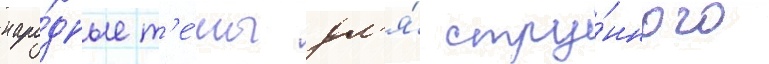
наро́дные т'е́мы дл'я́ стру́нного